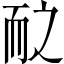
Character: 𱍽